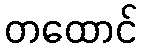
တထောင်